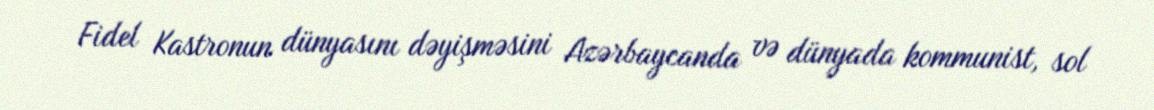
Fidel Kastronun dünyasını dəyişməsini Azərbaycanda və dünyada kommunist, sol